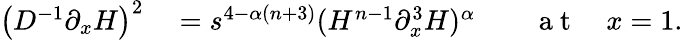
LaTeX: \begin{array}{rlrl}{\big(D^{-1}\partial_{x}H\big)^{2}}&{{}=s^{4-\alpha(n+3)}(H^{n-1}\partial_{x}^{3}H)^{\alpha}}&{}&{{}\mathrm{~a~t~}\quad x=1.}\end{array}